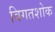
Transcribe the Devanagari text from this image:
विगतशोक